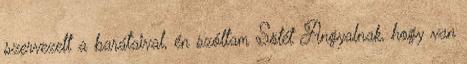
szervezett a barátaival, én szóltam Sötét Angyalnak, hogy van